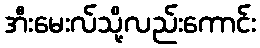
အီးမေးလ်သို့လည်းကောင်း